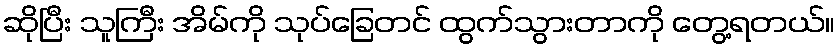
ဆိုပြီး သူကြီး အိမ်ကို သုပ်ခြေတင် ထွက်သွားတာကို တွေ့ရတယ်။